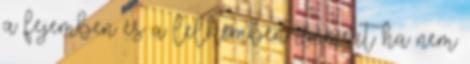
a fejemben és a lelkemben is, mert ha nem